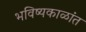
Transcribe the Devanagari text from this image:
भविष्यकाळांत